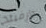
جارفيلد